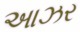
આઝર